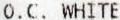
O.C. WHITE